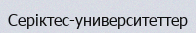
Серіктес-университеттер